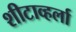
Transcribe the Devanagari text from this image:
शीटाव्हर्ला